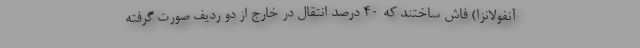
آنفولانزا) فاش ساختند که 40 درصد انتقال در خارج از دو ردیف صورت گرفته